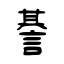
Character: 諅